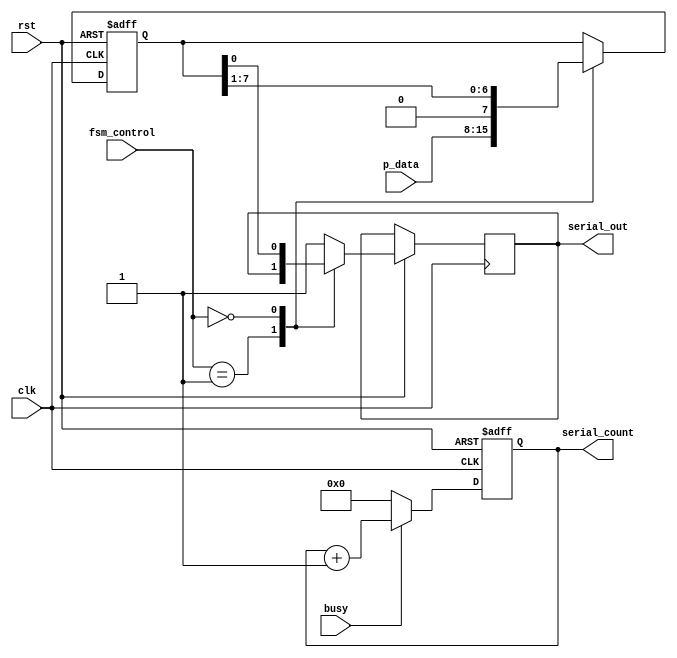
module serializer (
    input wire [7:0] p_data,
    input wire [1:0] fsm_control,
    input wire       clk,
    input wire       rst,
    input wire       busy,
    output reg [3:0] serial_count,
    output reg       serial_out
);

reg [7:0] p_data_reg;

always @(posedge clk or negedge rst) 
    begin
        if (!rst)
            begin
                serial_count<=4'b0;
            end
        else
            begin
                if (busy)
                    begin
                        serial_count=serial_count+1; 
                    end
                else
                    begin
                        serial_count<=4'b0;
                    end
            end    
    end


always @(posedge clk or negedge rst) 
    begin
        if (!rst)
            begin
                p_data_reg=8'b0;  
            end
        else
            begin
                case (fsm_control)
                    2'b1:
                        begin 
                            p_data_reg<=p_data;
                        end
                    2'b0:
                        begin 
                            serial_out<=p_data_reg[0];
                            p_data_reg=p_data_reg>>1;
                        end
                    default:serial_out<=1'b1;
                endcase
            end
    end

endmodule